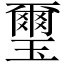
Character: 璽